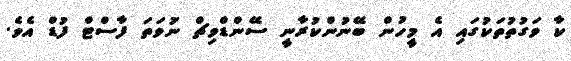
ކާ ވަގުތުތަކުގައި އެ މީހުން ބޭނުންކުރާނީ ސޭންޑްވިޗް ނުަވަތަ ފާސްޓް ފުޑް އެވެ.